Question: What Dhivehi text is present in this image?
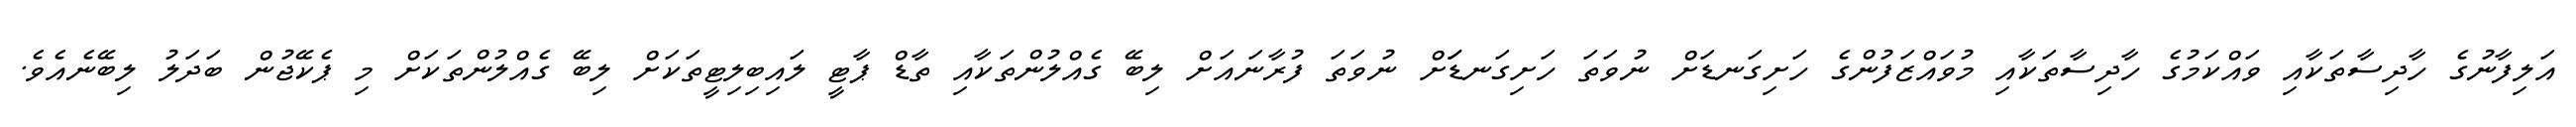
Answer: އަލިފާނުގެ ހާދިސާތަކާއި ވައްކަމުގެ ހާދިސާތަކާއި މުވައްޒަފުންގެ ހަށިގަނޑަށް ނުވަތަ ހަށިގަނޑަަށް ނުވަތަ ފުރާނައަށް ލިބޭ ގެއްލުންތަކާއި ތާޑް ޕާޓީ ލައިބިލިޓީތަކަށް ލިބޭ ގެއްލުންތަކަށް މި ޕެކޭޖުން ބަދަލު ލިބޭނެއެވެ.